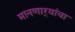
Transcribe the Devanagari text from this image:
मानणार्‍यांचा